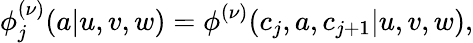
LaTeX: \phi_{j}^{(\nu)}(a|u,v,w)=\phi^{(\nu)}(c_{j},a,c_{j+1}|u,v,w),